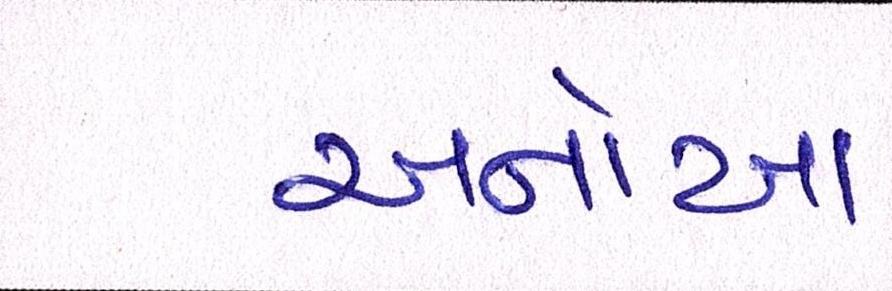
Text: અનોખા